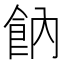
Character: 𩚛